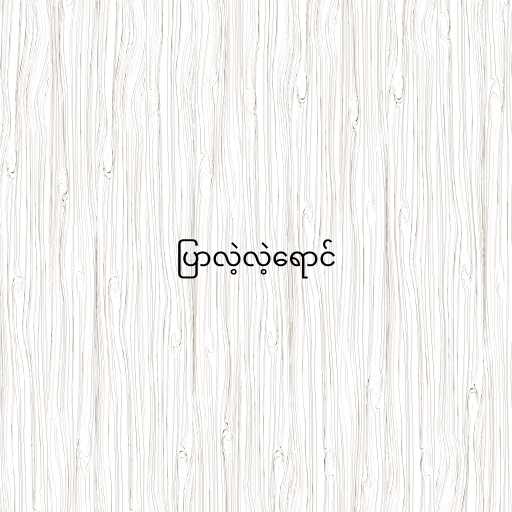
ပြာလဲ့လဲ့ရောင်